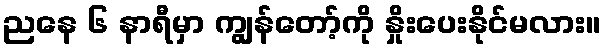
ညနေ ၆ နာရီမှာ ကျွန်တော့်ကို နှိုးပေးနိုင်မလား။